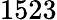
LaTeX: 1523